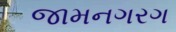
જામનગરગ